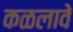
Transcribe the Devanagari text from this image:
कळलावे